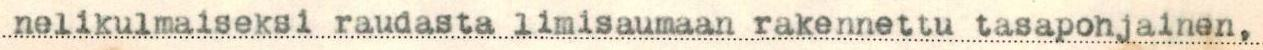
nelikulmaiseksi raudasta limisaumaan rakennettu tasapohjainen,